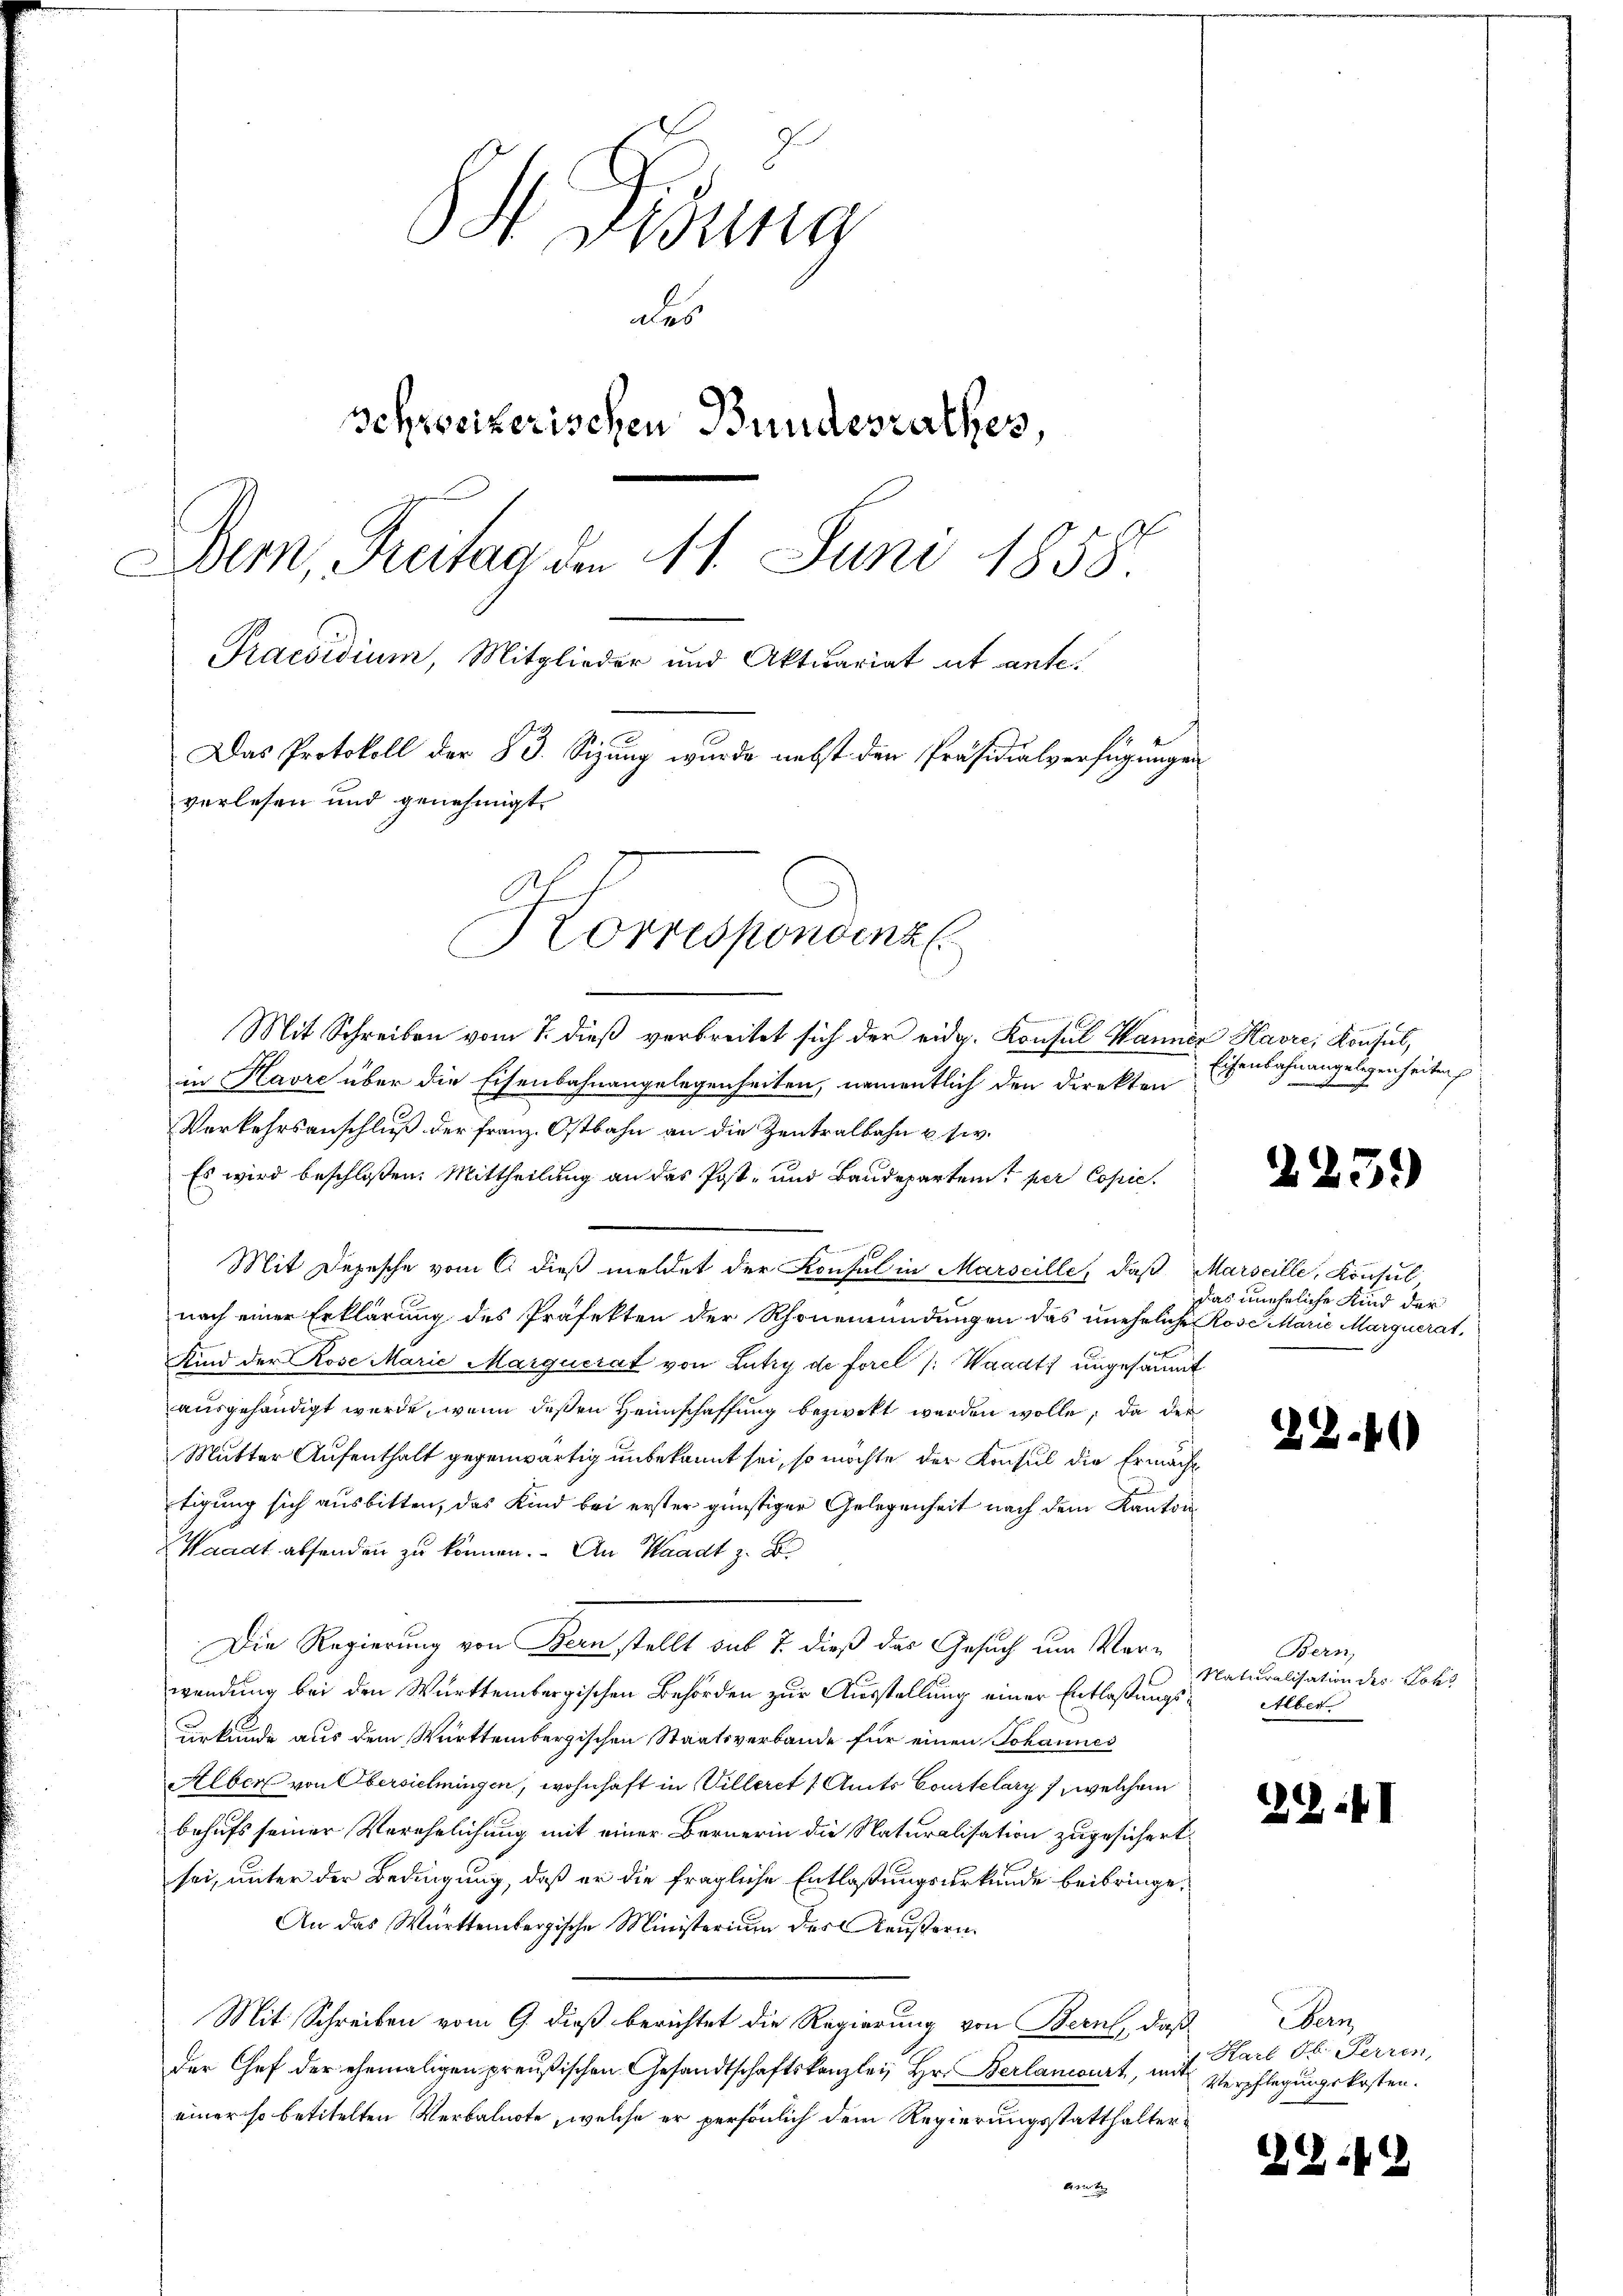
S. Fidung
des
schweizerischen Bundesrathes,
Dem, Freitag den 11. Juni 1858.
Praesidium, Mitglieder und Aktuariat ut ante.
Das Protokoll der 83. Sizung wurde nebst den Präsidialverfügungen
verlesen und genehmigt.
Korrespondenz

Mit Schreiben vom 7. dieß verbreitet sich der eidg. Konsul Wannen Havre, Konsul,

genann
in Havre über die Eisenbahnangelegenheiten, namentlich den Direkten
Verkehrsanschluß der Franz. Ostbahn an die Zentralbahn usw.
Es wird beschloßen: Mittheilung an das Post- und Baudeparten per Copie
Mit Depesche vom C. dieß meldet der Konsul in Marseille, daß Marseille, Konsul
nach einer Erklärung des Präfekten der Rhonemündungen das uneheliche Rose Marie Marquerat,
Kind der Rose Marie Marquerat von Lutry de Forel /: Waadt ungesäumt
ausgehändigt werde, wenn deßen Heimschaffung bezweckt werden wolle, da der
Mutter Aufenthalt gegenwärtig unbekannt sei, so möchte der Konsul die Ermäche
tigung sich ausbitten, das Kind bei erster günstiger Gelegenheit nach dem Kanton
Waadt absenden zu können. An Waadt z. B.
Die Regierung von Kern stellt aus 7. dieß das Gesuch um Verwendung bei den Württembergischen Behörden zur Ausstellung einer Entlaßungsurkunde aus dem Württembergischen Staatsverbande für einen Johannes
Alber von Obersielmingen, wohnhaft in Villeret / Amts Courtelary, welchem
behufs seiner Verehelichung mit einer Bernerin die Naturalisation zugesichert.
sei, unter der Bedingung, daß er die fragliche Entlaßungsurkunde beibringe¬
An das Württembergische Ministerium des Aeußern.
Mit Schreiben vom 9. dieß berichtet die Regierung von Bern, daß
der Chef der ehemaligen preußischen Gesandtschaftskanzlei Hr. Berlancourt, mit Verpflegŭngskosten.
einer so betitelten Verbalnote, welche er persönlich dem Regierungsstatthalterbegut

Eisenbahnangelegenheiten

223.

dias uneheliche Kind der

28.41)

Bern,
 Naturalisation des Lok
Alber

22.II

em
Hart Hr. Ferren,

ZG:11